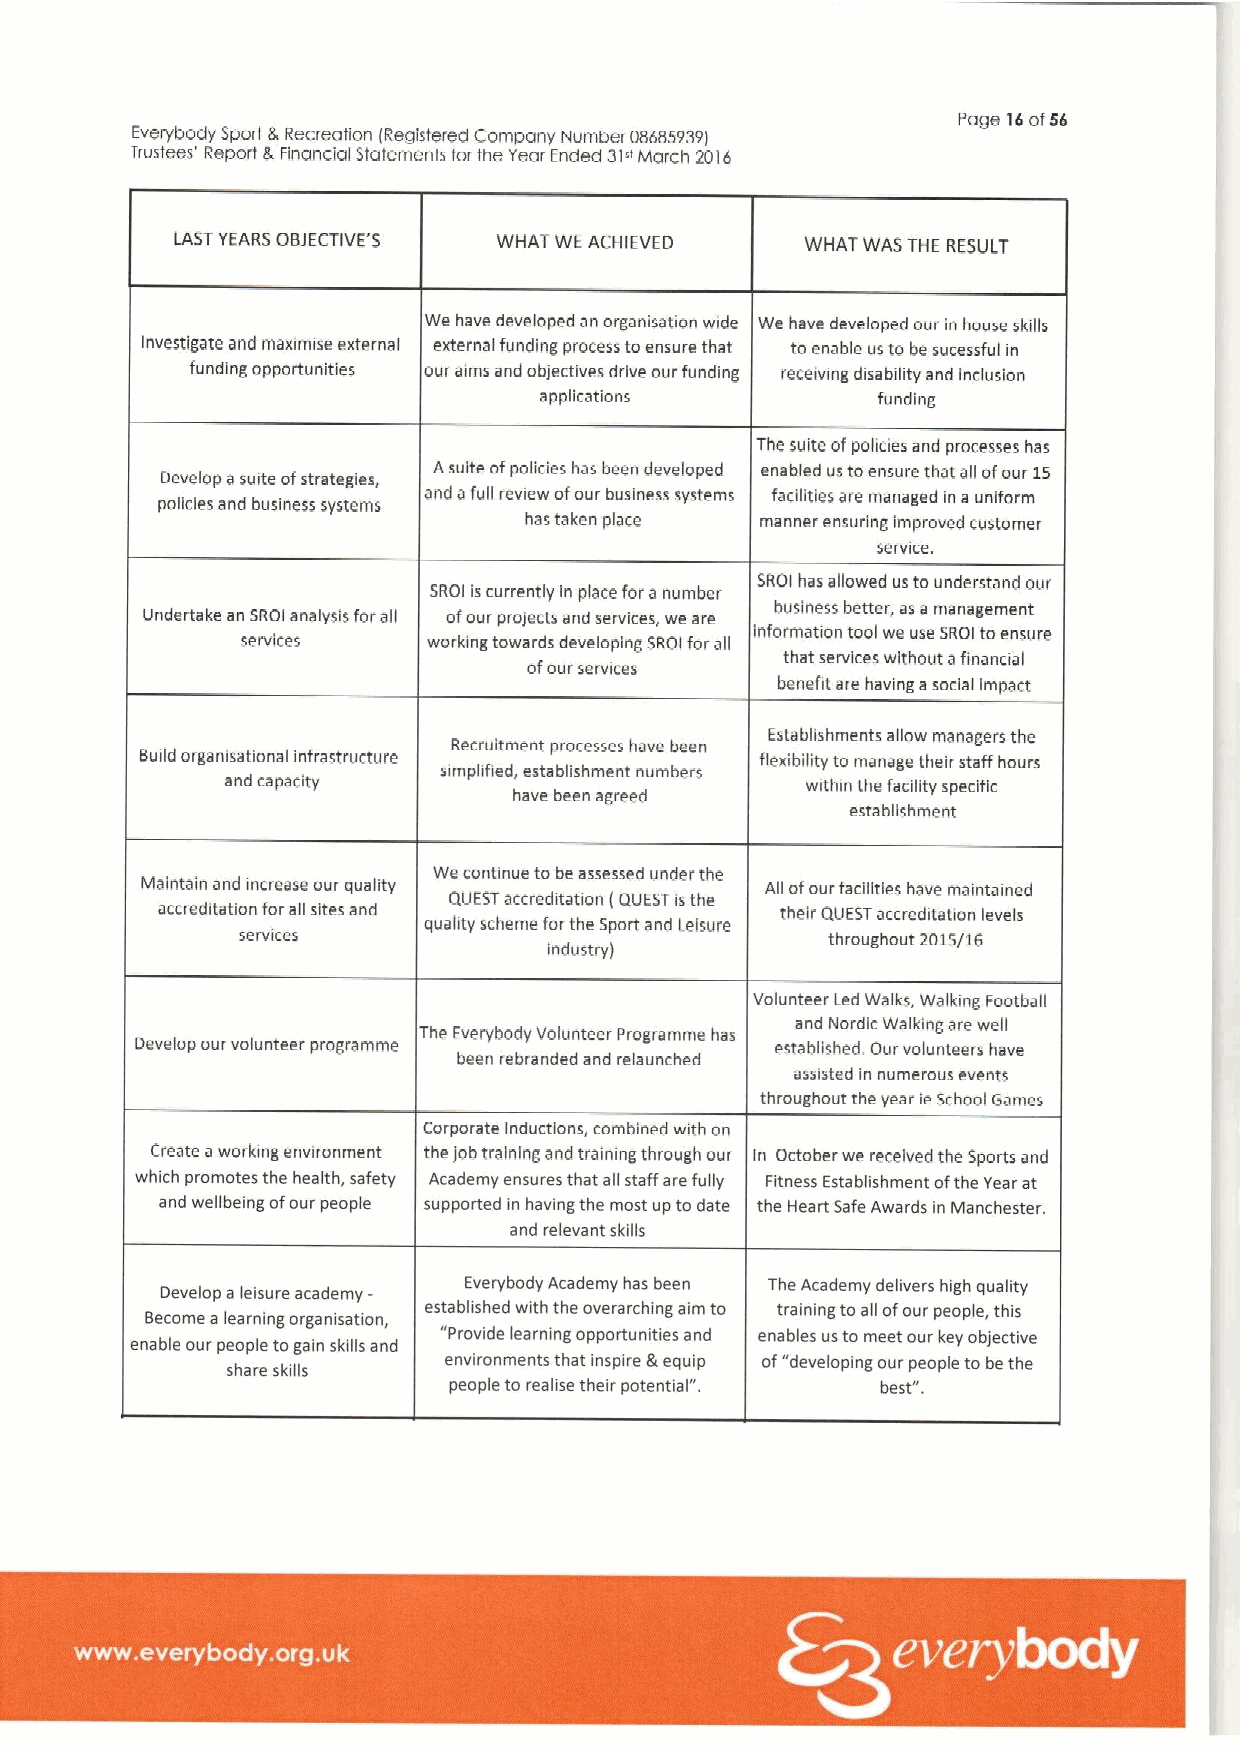
Page 16of56
 Everybody sporl &Recreation Registered company Number 086859391
 f
 TruSteeS' Repart 5, FinanCial SlatemenlS far the Year Ended 31xMarCh 2016
 LASTYEARS081ECTIVE'5 WHAT WE ACHIEVE D   WHAT WAS THE RESULT
 We have developed an organisation wide We have developed our in house skills
 Investigate and maximise external external funding process to ensure that to enable us to be sucessful in
 funding opportunities our aims and objectives drive our funding receivmg disability and inclusion
 applications          funding
 The suite ofpolicies and processes has
 Develop asuite ofstrategies, Asuite ofpolicies has been developed enabled us toensure that all ofour 15
 policies and business systems and afull review ofour business systems facilities are managed in a uniform
 has taken place manner ensuring improved customer
 service.
 SROI has allowed us to understand our
 SROI iscurrently in place fora number
 Undertake an SROI analysis for all ofour projects and services, we are
 business better, asa management
 services    working towards developing SROI for all information tool we use SROI to ensure
 ofour services
 that services without afinancial
 benefit are having asocial impact
 Recruitment processes have been Establishments agow managers the
 Build organisational infrastructure simplified, establishment numbers flexibility to manage thai~ staff hours
 and capacity                          within the facility specific
 have been agreed
 establishment
 Wecontinue to be assessed under the
 Maintain and increase our quality         Ag ofour facilities have maintained
 accreditation forall sites and
 QUESTaccreditation (QUEST isthe
 their QUESTaccreditation levels
 quahty scheme forthe Sport and Leisure
 services                               throughout 2015/16
 Industryj
 Volunteer led Walks, Walking Football
 and Nordic Walking are well
 The Everybody Volunteer Programme has
 Develop our volunteer programme           established, Our volunteers have
 been rebranded and relaunched
 assisted in numerous events
 throughout the year ie School Garnes
 Corporate Inductions, combined with on
 Create aworking environment the jobtraining and training through our In October we received the Sports and
 which promotes the health, safety Academy ensures that all staff are fvlly Fitness Establishment ofthe Year at
 and wellbeing ofour people supported in having the most up to date the Heart Safe Awards in Ivianchester.
 and relevant skills
 Develop aleisure academy- Everybody Academy has been The Academy delivers high qua kty
 Become alearning organisation, established with the overarching aim to training to all ofour people, this
 enable our people to gain skills and "Provide learning opportunities and enables us to meet our key objective
 environments that inspire &equip of"developing our people to be the
 share skills
 people to realise their potential". best".
 ~ ~ ~ ~ ~                                             ~ ~ ~